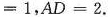
= 1$$ ， $$A D = 2$$ .